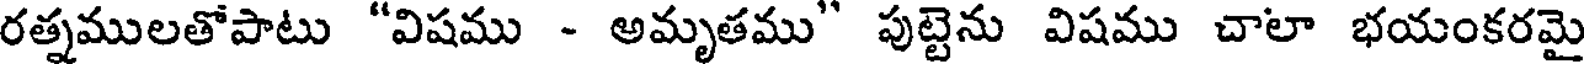
రత్నములతోపాటు "విషము - అమృతము" పుట్టెను విషము చాలా భయంకరమై